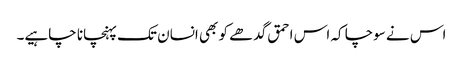
اس نے سوچا کہ اس احمق گدھے کو بھی انسان تک پہنچانا چاہیے۔